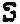
S